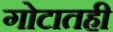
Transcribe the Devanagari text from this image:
गोटातही